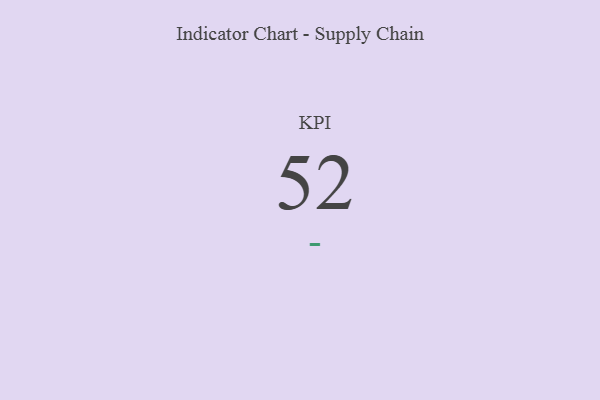
{"axis": {"x": "KPI", "y": "Value"}, "legend": [""], "data": [{"x": "KPI", "y": 52, "type": ""}]}